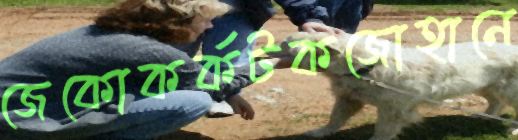
জেকোকর্কটকজোহানে